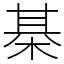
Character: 棊